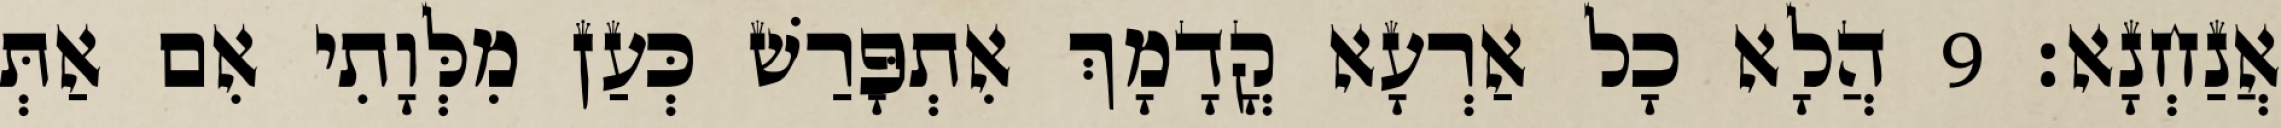
אֲנַחְנָא׃ 9 הֲלָא כָל אַרְעָא קֳדָמָךְ אִתְפָּרַשׁ כְּעַן מִלְּוָתִי אִם אַתְּ